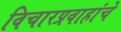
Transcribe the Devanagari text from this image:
विचारप्रवाहांचे